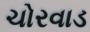
ચોરવાડ